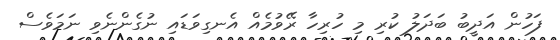
ފަހުން އަދީބު ބަދަލު ކުރި މި ހުރިހާ ރޭވުމެއް އެނގިވަޑައި ނުގެންނެވި ނަމަވެސް